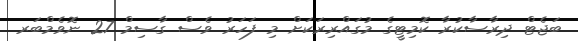
ބަޖެޓް ދިރާސާކުރާ ކޮމިޓީގެ މުގައްރިރަކަށް މި ފަހަރު ވެސް ގާސިމް 27 ނޮވެމްބަރ